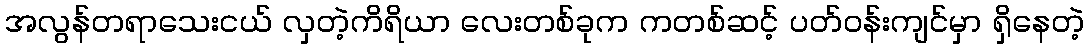
အလွန်တရာသေးငယ် လှတဲ့ကိရိယာ လေးတစ်ခုက ကတစ်ဆင့် ပတ်ဝန်းကျင်မှာ ရှိနေတဲ့